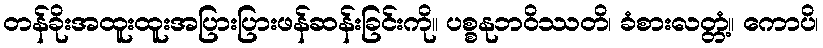
တန်ခိုးအထူးထူးအပြားပြားဖန်ဆန်းခြင်းကို။ ပစ္စနုဘဝိဿတိ၊ ခံစားလတ္တံ့။ ကောပိ၊